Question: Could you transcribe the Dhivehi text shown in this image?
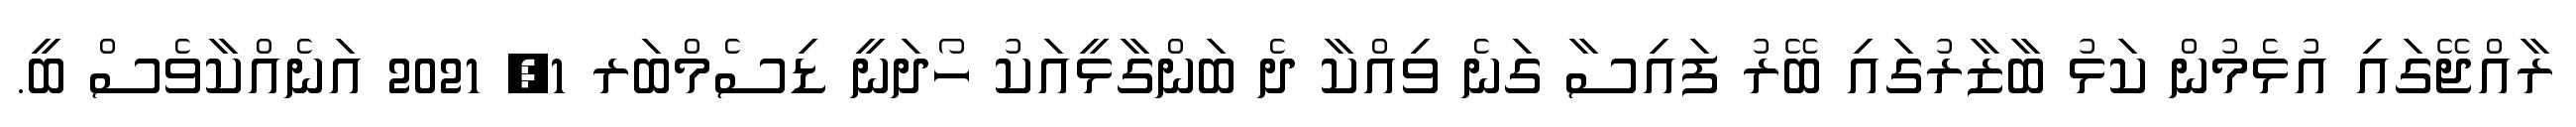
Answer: ރާއްޖޭގައި އުޅެމުން ކަޅު ބާޒާރުގައި ބޭރު ފައިސާ ގަނެ ވިއްކާ ދެ ބަންގާޅީއަކު ހޯދަނީ ޑިސެމްބަރ 1, 2021 އަނެއްކާވެސް ބީ.